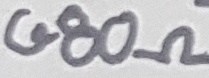
Text: 680Ω